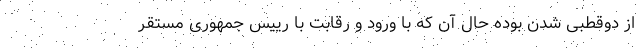
از دوقطبی شدن بوده حال آن که با ورود و رقابت با رییس جمهوری مستقر